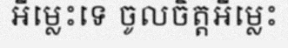
អីម្លេះទេ ចូលចិត្តអីម្លេះ